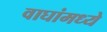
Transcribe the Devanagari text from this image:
वाघांमध्ये